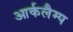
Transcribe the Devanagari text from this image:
आर्कलैम्प